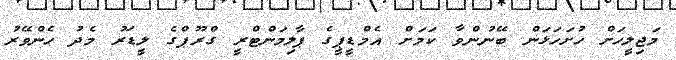
މަޖިލީހަށް ހުށަހަޅަން ބޭނުންވާ ކަމަށް އެމްޑީޕީގެ ޕާލިމަންޓްރީ ގްރޫޕްގެ ލީޑަރު މެދު ހެންވޭރު